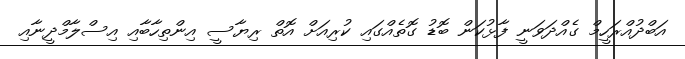
އަބްދުއްރަހީމް ގެއްދަވަނީ ފާޅުކަން ބޮޑު ގޮތެއްގައި ކުރިއަށް އޮތް ރިޔާސީ އިންތިހާބާއި އިސްލާމްދީނާއި